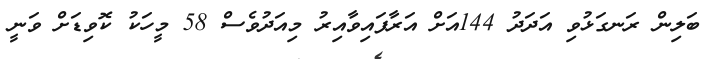
ބަލިން ރަނގަޅުވި އަދަދު 144އަށް އަރާފައިވާއިރު މިއަދުވެސް 58 މީހަކު ކޮވިޑަށް ވަނީ